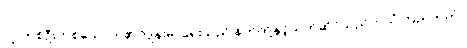
လူ တစ်ဦးတစ်ယောက်၏ကျန်းမာရေးသည် နတ်တို့နှင့်သက်ဆိုင်သည်ဟုယုံကြည်သည်။